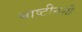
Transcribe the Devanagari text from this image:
माष्टीनशी